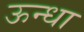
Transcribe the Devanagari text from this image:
ऊन्धा